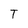
Character: T